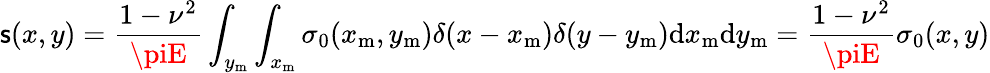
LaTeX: \mathsf{s}(x,y)=\frac{{1-\nu^{2}}}{{\piE}}\int_{y_{\mathrm{{m}}}}\int_{x_{\mathrm{{m}}}}\sigma_{0}(x_{\mathrm{{m}}},y_{\mathrm{{m}}})\delta(x-x_{\mathrm{{m}}})\delta(y-y_{\mathrm{{m}}})\mathrm{{d}}x_{\mathrm{{m}}}\mathrm{{d}}y_{\mathrm{{m}}}=\frac{{1-\nu^{2}}}{{\piE}}\sigma_{0}(x,y)